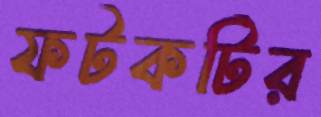
ফটকটির